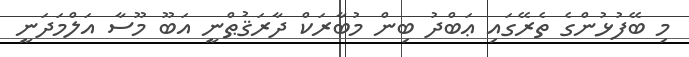
މި ބޭފުޅުންގެ ތެރޭގައި ޢަބްދު ބިން މުބާރަކް ދާރަޤުޠްނީ އަބޫ މޫސާ އަލްމަދަނީ